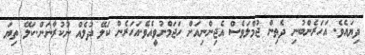
ދިޔައެވެ. އަހަރެންބުނި ދެތިން ޖުމްލަވެސް އެޖިންނިއަށް ހަޖަމްނުވީއެވެ.އަހަރެން ކަލޭ ދުލެއް ނުކުރާނަން.ކަލޭ ތިޔަ